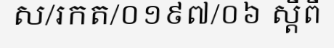
ស/រកត/០១៩៧/០៦ ស្តីពី